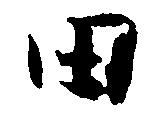
田